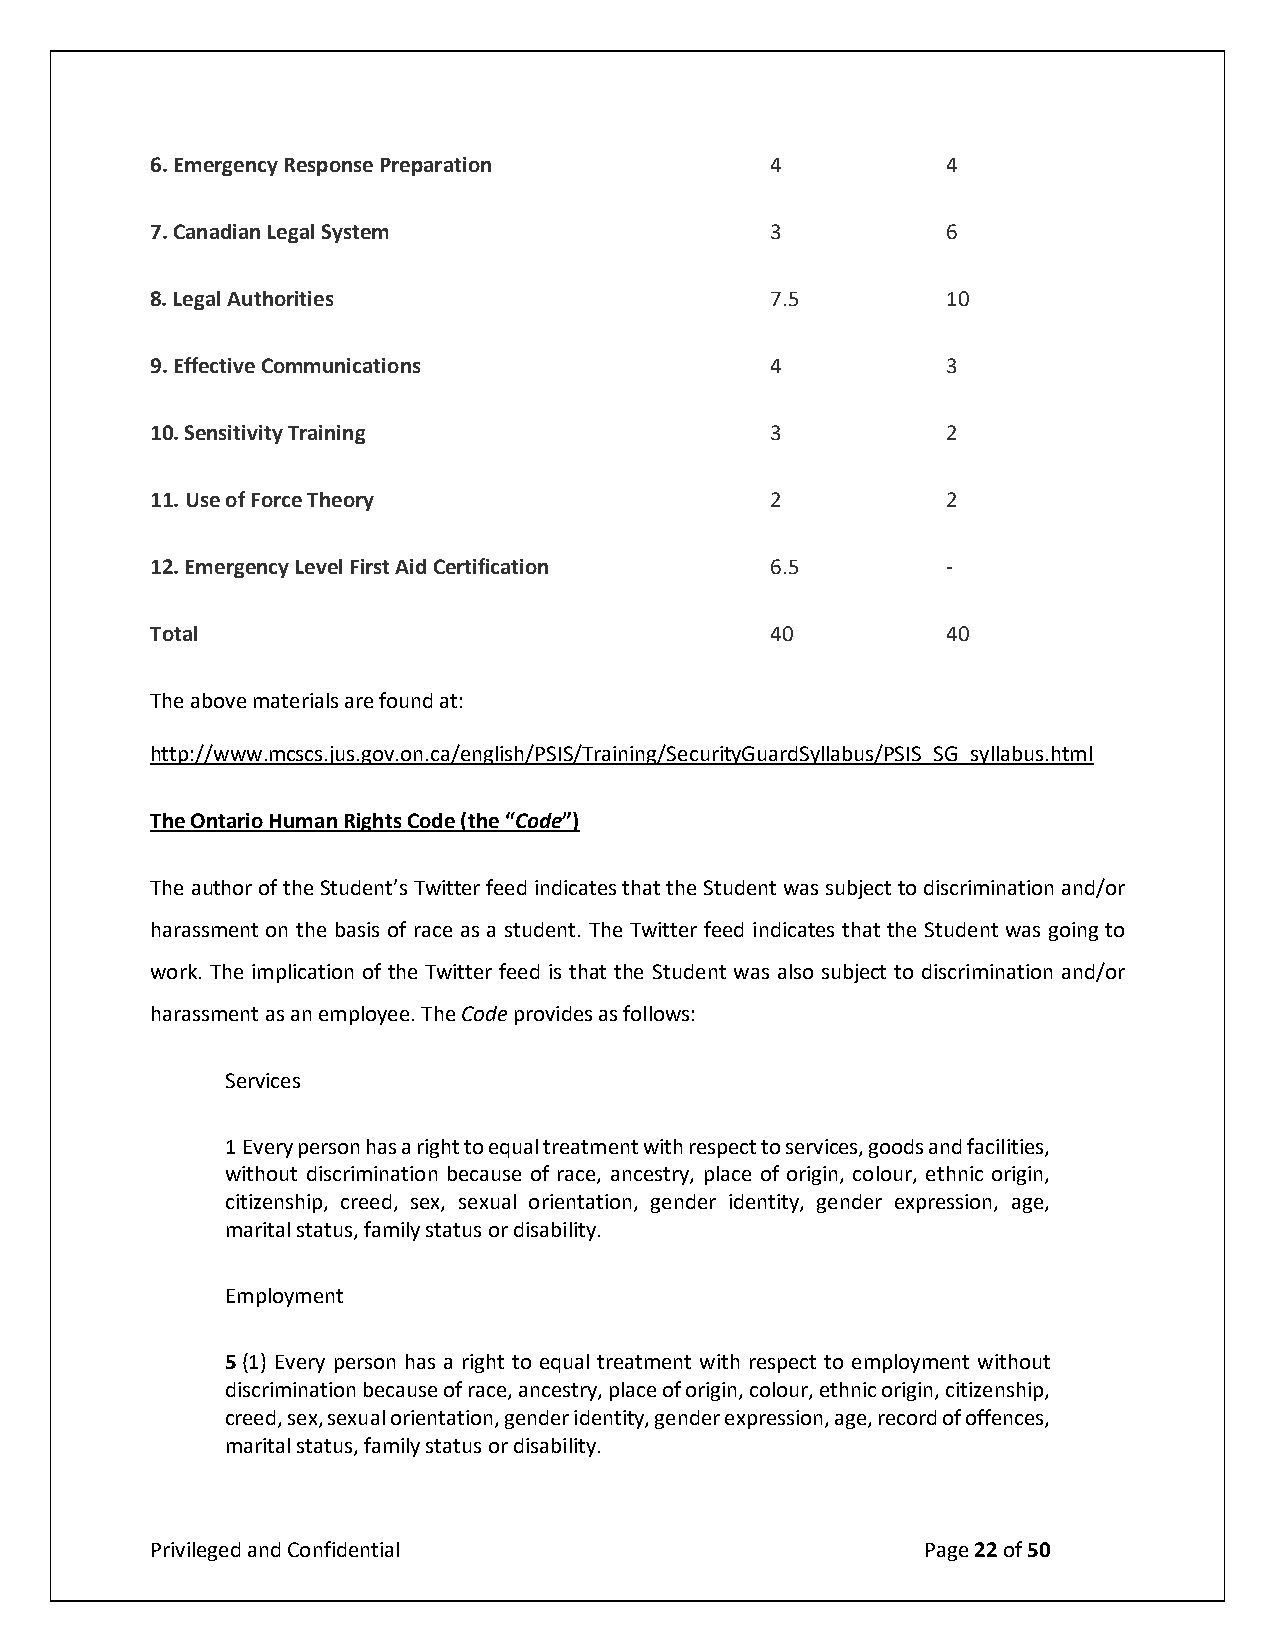
6. Emergency Response Preparation        4           4
 7. Canadian Legal System                 3           6
 8. Legal Authorities                     7.5         10
 9. Effective Communications              4           3
 10. Sensitivity Training                 3           2
 11. Use of Force Theory                  2           2
 12. Emergency Level First Aid Certification 6.5      -
 Total                                    40          40
 The above materials are found at:
 http://www.mcscs.jus.gov.on.ca/english/PSIS/Training/SecurityGuardSyllabus/PSIS SG syllabus.html
 The Ontario Human Rights Code (the “Code”)
 The author of the Student’s Twitter feed indicates that the Student was subject to discrimination and/or
 harassment on the basis of race as a student. The Twitter feed indicates that the Student was going to
 work. The implication of the Twitter feed is that the Student was also subject to discrimination and/or
 harassment as an employee. The Code provides as follows:
 Services
 1 Every person has a right to equal treatment with respect to services, goods and facilities,
 without discrimination because of race, ancestry, place of origin, colour, ethnic origin,
 citizenship, creed, sex, sexual orientation, gender identity, gender expression, age,
 marital status, family status or disability.
 Employment
 5 (1) Every person has a right to equal treatment with respect to employment without
 discrimination because of race, ancestry, place of origin, colour, ethnic origin, citizenship,
 creed, sex, sexual orientation, gender identity, gender expression, age, record of offences,
 marital status, family status or disability.
 Privileged and Confidential                        Page 22 of 50